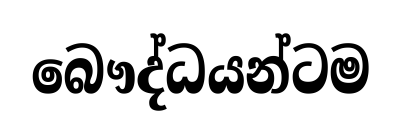
බෞද්ධයන්ටම